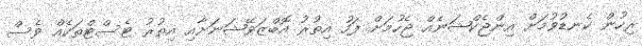
ރިހުން ކެނޑުވުމަށް އިންޖެކްޝަނެއް ޖެހުމަށް ފަހު އިތުރު އޮބްޒަވޭޝަނަށާއި އިތުރު ޓެސްޓްތަކެއް ވެސް